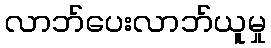
လာဘ်ပေးလာဘ်ယူမှု